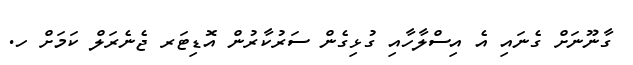
ގާނޫނަށް ގެނައި އެ އިސްލާހާއި ގުޅިގެން ސަރުކާރުން އޮޑިޓަރ ޖެނެރަލް ކަމަށް ހ.